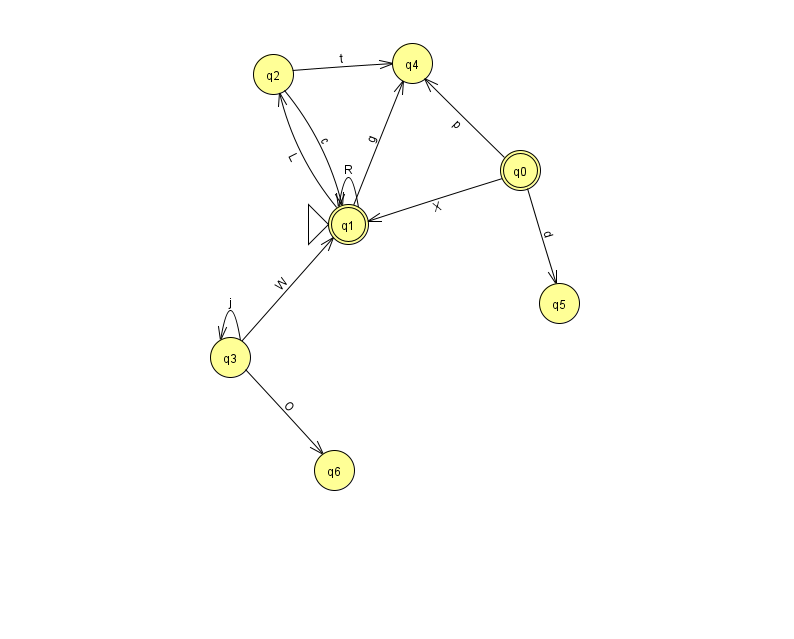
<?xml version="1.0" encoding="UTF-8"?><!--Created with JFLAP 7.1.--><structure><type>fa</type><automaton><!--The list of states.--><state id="0" name="q0"><x>520.0</x><y>157.0</y><final/></state><state id="1" name="q1"><x>348.0</x><y>211.0</y><initial/><final/></state><state id="2" name="q2"><x>273.0</x><y>61.0</y></state><state id="3" name="q3"><x>230.0</x><y>344.0</y></state><state id="4" name="q4"><x>412.0</x><y>50.0</y></state><state id="5" name="q5"><x>559.0</x><y>290.0</y></state><state id="6" name="q6"><x>334.0</x><y>457.0</y></state><!--The list of transitions.--><transition><from>1</from><to>1</to><read>R</read></transition><transition><from>1</from><to>4</to><read>g</read></transition><transition><from>0</from><to>4</to><read>p</read></transition><transition><from>0</from><to>5</to><read>d</read></transition><transition><from>1</from><to>2</to><read>L</read></transition><transition><from>0</from><to>1</to><read>X</read></transition><transition><from>2</from><to>1</to><read>c</read></transition><transition><from>3</from><to>6</to><read>O</read></transition><transition><from>3</from><to>3</to><read>j</read></transition><transition><from>2</from><to>4</to><read>t</read></transition><transition><from>3</from><to>1</to><read>W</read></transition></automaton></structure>